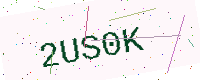
Text: 2US0K